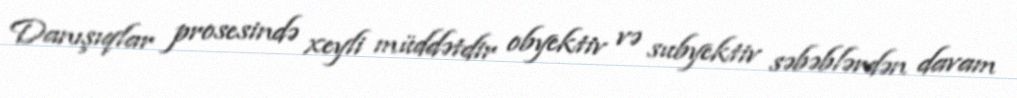
Danışıqlar prosesində xeyli müddətdir obyektiv və subyektiv səbəblərdən davam